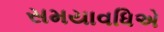
સમયાવધિએ